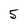
Character: 5